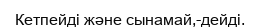
Кетпейді және сынамай,-дейді.